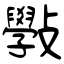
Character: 斅